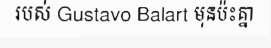
របស់ Gustavo Balart មុនប៉ះគ្នា